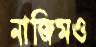
নাজিমও